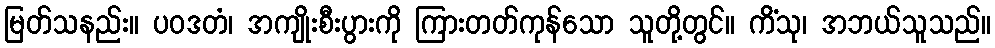
မြတ်သနည်း။ ပဝဒတံ၊ အကျိုးစီးပွားကို ကြားတတ်ကုန်သော သူတို့တွင်။ ကိံသု၊ အဘယ်သူသည်။